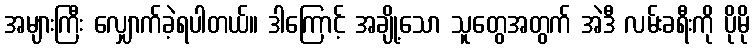
အများကြီး လျှောက်ခဲ့ရပါတယ်။ ဒါကြောင့် အချို့သော သူတွေအတွက် အဲဒီ လမ်းခရီးကို ပိုမို